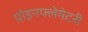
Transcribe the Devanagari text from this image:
प्रोइनफ्लेमेटरी